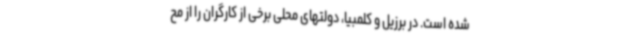
شده است. در برزیل و کلمبیا، دولتهای محلی برخی از کارگران را از مح